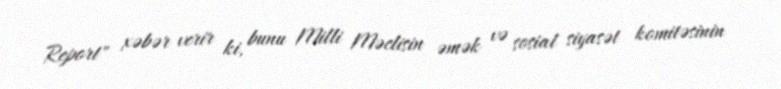
Report" xəbər verir ki, bunu Milli Məclisin əmək və sosial siyasət komitəsinin